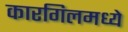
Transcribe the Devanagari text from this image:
कारगिलमध्ये